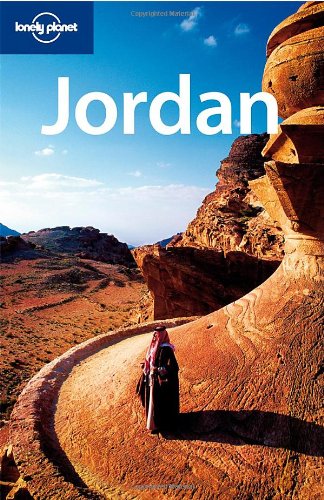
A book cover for Lonely Planet Jordan (Country Travel Guide); Jenny Walker; Travel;